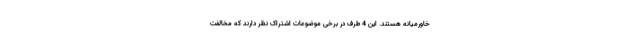
خاورمیانه هستند. این 4 طرف در برخی موضوعات اشتراک نظر دارند که مخالفت